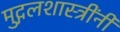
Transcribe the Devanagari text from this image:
मुद्गलशास्त्रींनी